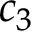
c _ { 3 }